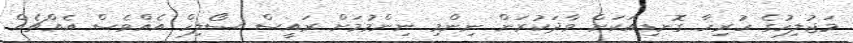
މަޖުލިހުގެ ހުރިހާ ގޮނޑިއަކަށް ވާދަކުރަން ނިންމި ނިންމުމަށް ރައީސް ސޯލިހް އެއްވެސް އެއްޗެއް